画像に写った文字を読んでください
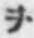
「ヲ」と書いてあります